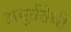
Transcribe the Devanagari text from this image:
अमूर्ततेची